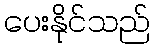
ပေးနိုင်သည်